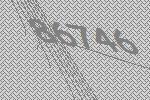
86746